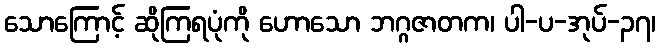
သောကြောင့် ဆိုကြရပုံကို ဟောသော ဘဂ္ဂဇာတက၊ ပါ-ပ-အုပ်-၃၇၊